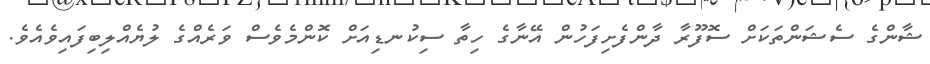
ޝާންގެ ސެޝަންތަކަށް ސޮފޫރާ ދާންފެށިފަހުން އޭނާގެ ހިތާ ސިކުނޑިއަށް ކޮންމެވެސް ވަރެއްގެ ލުޔެއްލިބިފައިވެއެވެ.